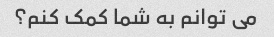
می توانم به شما کمک کنم؟